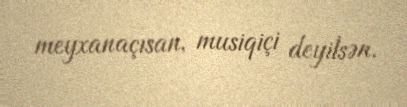
meyxanaçısan, musiqiçi deyilsən.